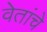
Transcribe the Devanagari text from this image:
वेतांचे